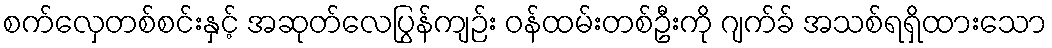
စက်လှေတစ်စင်းနှင့် အဆုတ်လေပြွန်ကျဉ်း ဝန်ထမ်းတစ်ဦးကို ဂျက်ခ် အသစ်ရရှိထားသော